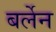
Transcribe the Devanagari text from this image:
बर्लेन